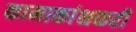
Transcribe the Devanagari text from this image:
कामाकांक्षकरी